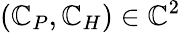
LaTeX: (\mathbb{C}_{P},\mathbb{C}_{H})\in\mathbb{{\mathbb{C}}}^{2}